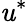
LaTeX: \mathit{u}^{\ast}